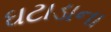
ઘટાડાના